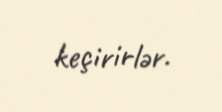
keçirirlər.